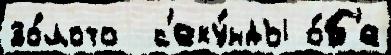
зо́лото  с'еку́нды о́б'е